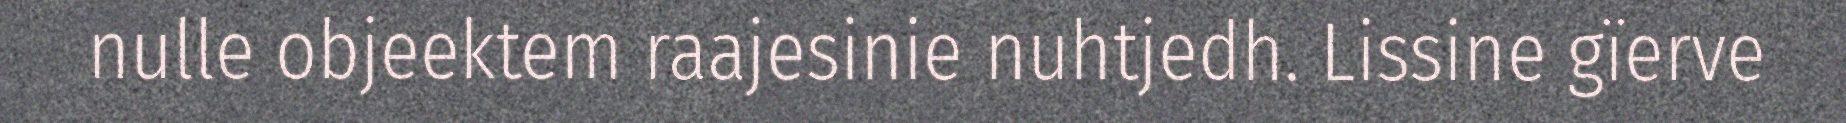
nulle objeektem raajesinie nuhtjedh. Lissine gïerve